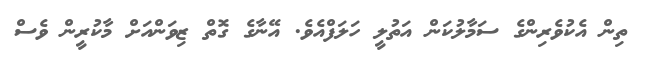
ތިން އެކުވެރިންގެ ސަމާލުކަން އަތުލީ ހަލަފްއެވެ. އޭނާގެ ގޮތް ޒިވަންއަށް މާކުރީން ވެސް